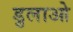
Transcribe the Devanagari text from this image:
डुलाओ